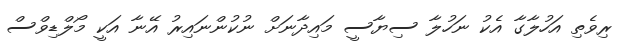
ރިވެތި އަހުލާގާ އެކު ނަހުލާ ސިޔާސީ މައިދާނަށް ނުކުންނައިރު އޭނާ އަކީ މޯލްޑިވްސް